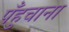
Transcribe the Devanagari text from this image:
पँहुचाना